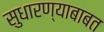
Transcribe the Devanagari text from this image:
सुधारण्याबाबत